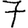
Digit: 7